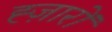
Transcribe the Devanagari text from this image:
ह्ज़ारों